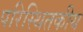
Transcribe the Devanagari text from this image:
परिस्थितकीय